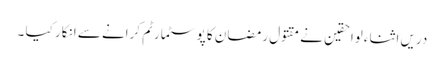
دریں اثناء لواحقین نے مقتول رمضان کا پوسٹمارٹم کرانے سے انکار کیا ۔